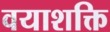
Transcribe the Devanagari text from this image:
वयाशक्ति